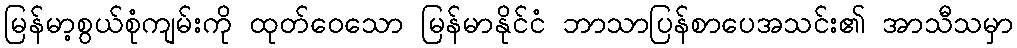
မြန်မာ့စွယ်စုံကျမ်းကို ထုတ်ဝေသော မြန်မာနိုင်ငံ ဘာသာပြန်စာပေအသင်း၏ အာသီသမှာ